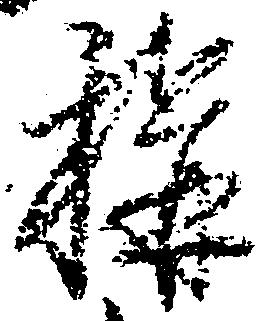
称